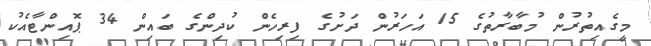
މީގެއިތުރުން މުބާރާތުގެ 15 އަހަރުން ދަށުގެ ފިރިހެން ކުދިންގެ ބައިން 34 ޕޮއިންޓާއެކު